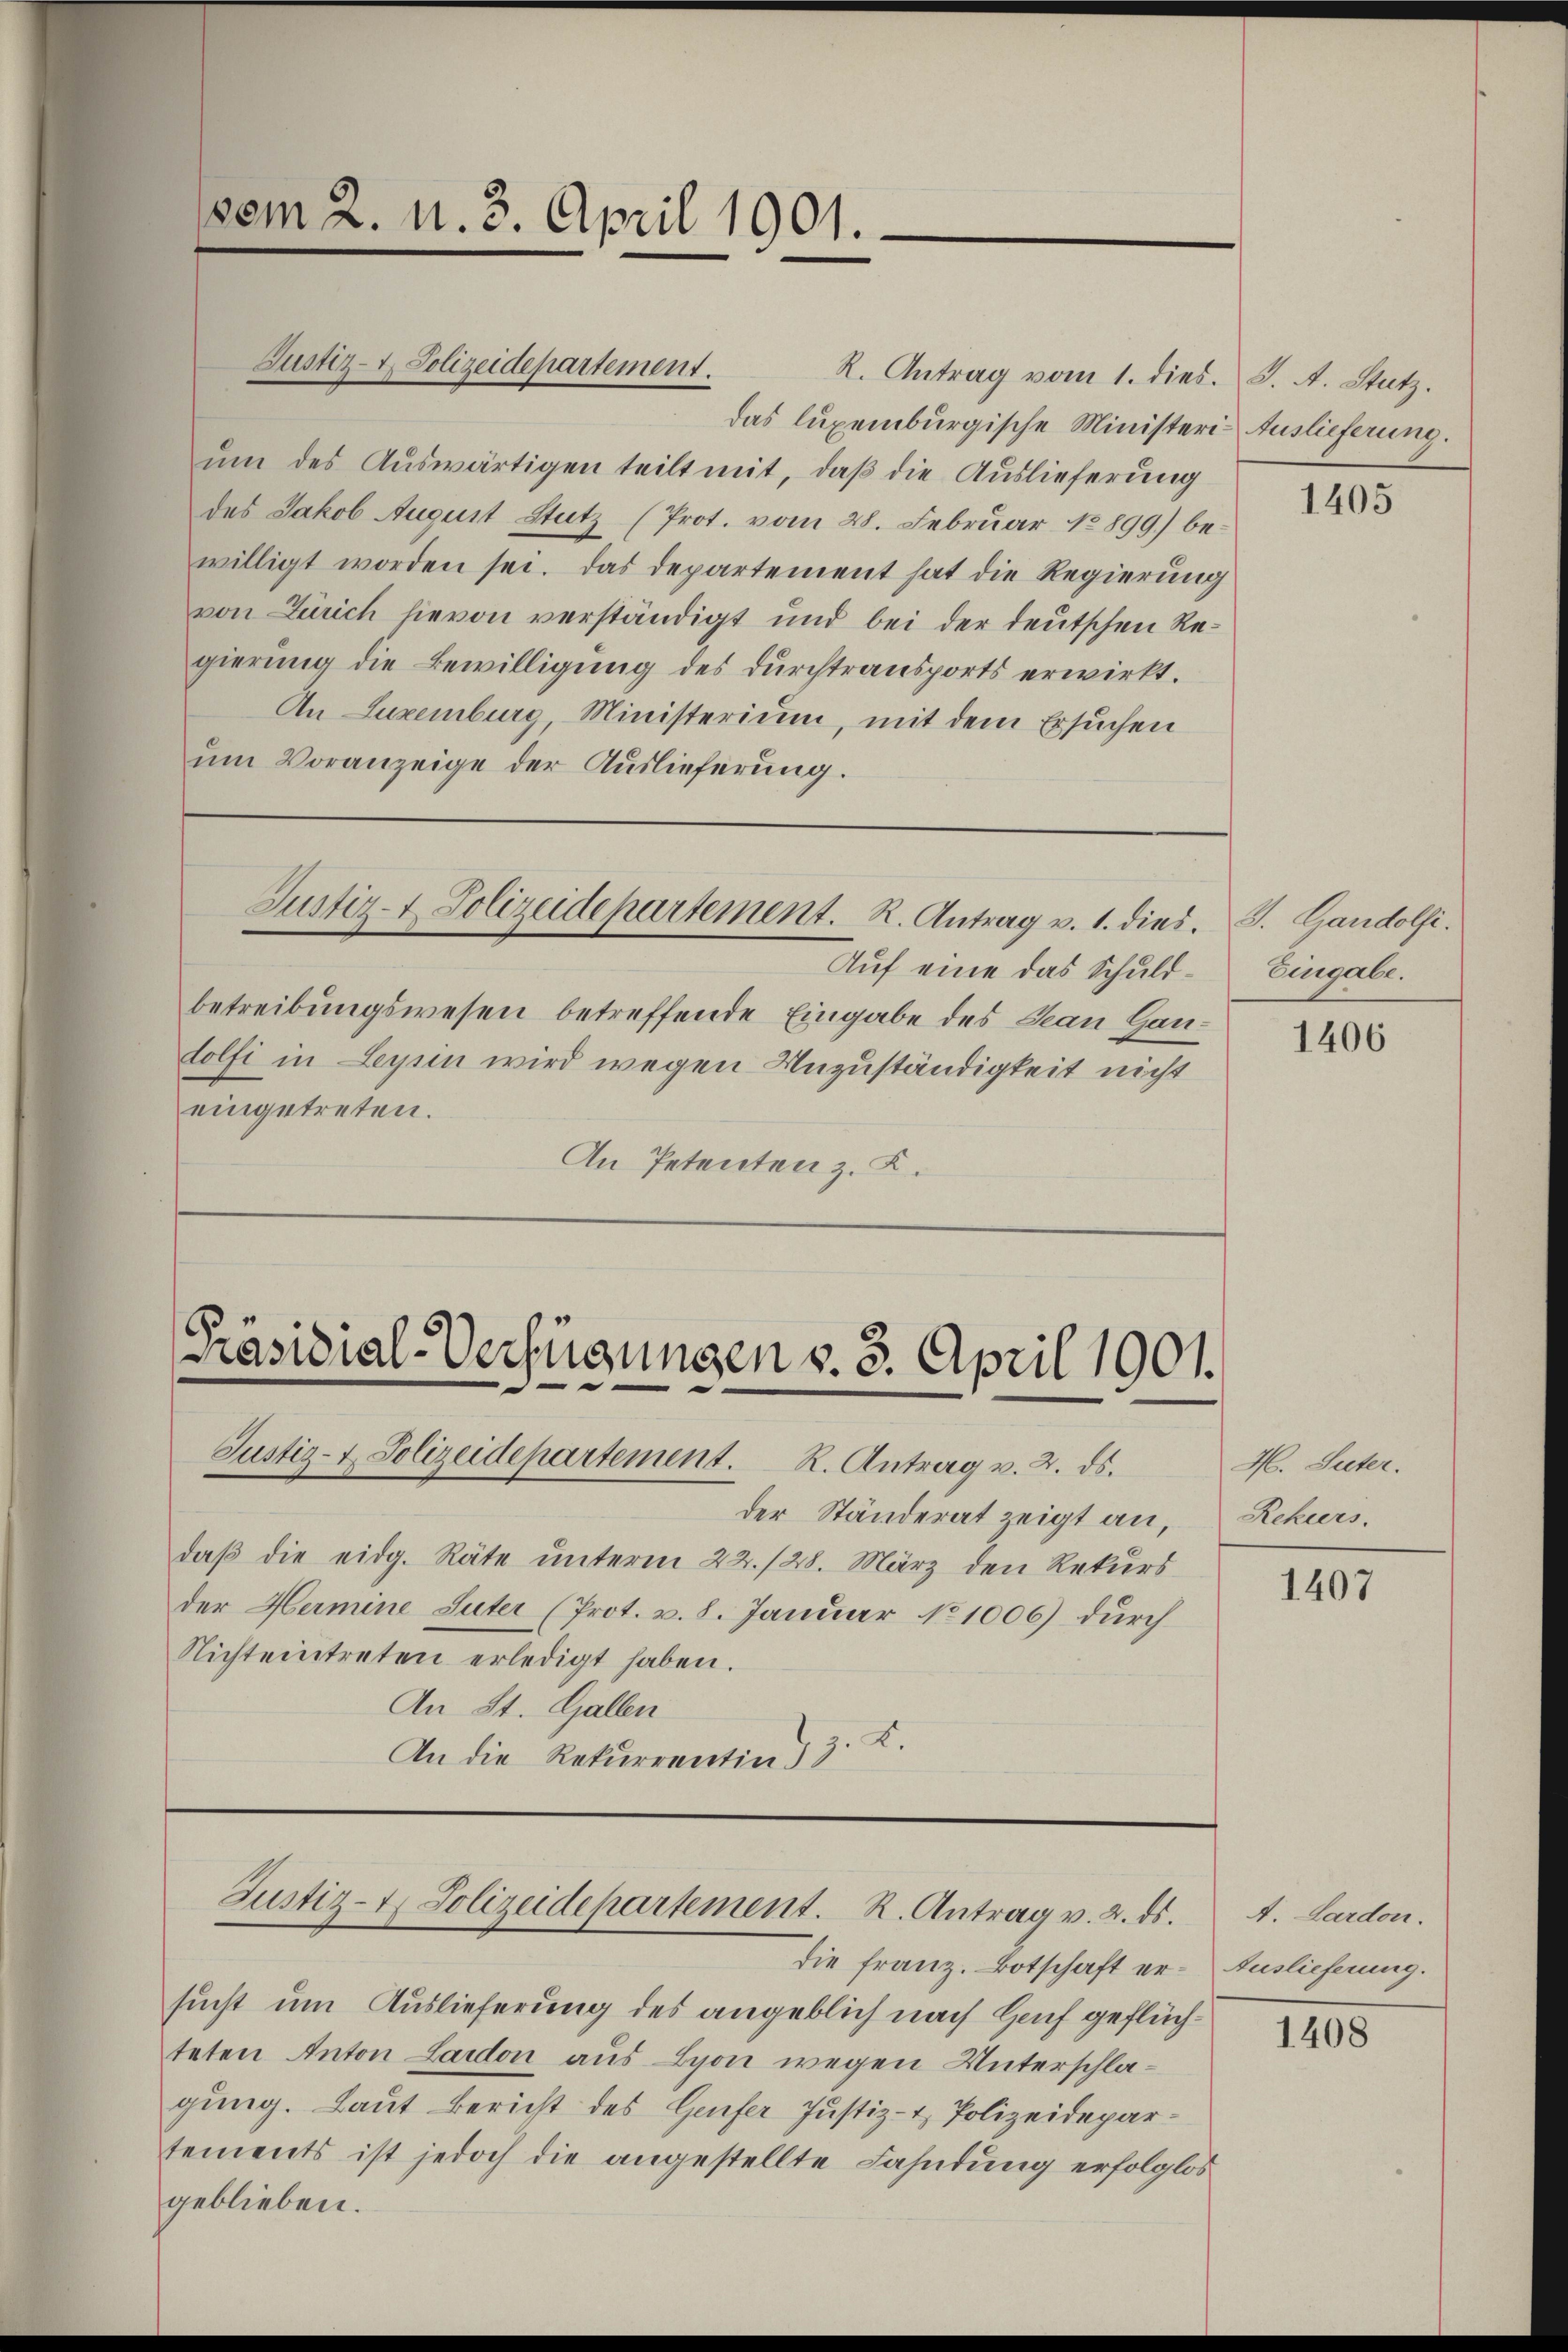
vom 2. N. 3. April 1901.

Justiz- & Polizeidepartement.

R. Antrag vom 1. dies. J. A. Stutz.
das luxenburgische Ministerium des Auswärtigen teilt mit, daß die Auslieferung
des Jakob August Stutz (Prot. vom 28. Februar 18899) bewilligt worden sei. Das Departement hat die Regierung
von Zürich hievon verständigt und bei der deutschen Regierung die Bewilligung des durchtransports erwirkt.
An Luxenburg, Ministerium, mit dem Ersuchen
um Voranzeige der Auslieferung.

Auf eine das Schuldbetreibungswesen betreffende Eingabe des Jean Hanlolfi in Leysin wird wegen Unzuständigkeit nicht
eingetreten.
An Petenten z. K.

Justiz- & Polizeidepartement. R. Antrag v. 1. dies

Präsidial-Verfügungen v. 3. April 1901.
Justiz- & Polizeidepartement. R. Antrag v. 2. ds.

der Ständerat zeigt an,
daß die eidg. Räte unterm 22./28. März den Rekurs
der Hermine Suter (Prot. v. 8. Januar 181006) durch
Nichteintreten erledigt haben.
An St. Gallen
I.
An die Rekurrentin 3

sucht um Auslieferung des angeblich nach Hof geflüchteten Anton Laudon aus Lyon wegen Unterschlagung. Laut Bericht des Gefer Justiz- & Polizeidepartements ist jedoch die angestellte Fahndung erfolglos
geblieben.

Justiz- & Polizeidepartement. R. Antrag v. 2. ds.

die franz. Botschaft er¬

Auslieferung.

1405

J. Gandolfi.
Eingabe.

1406

H. Suter.
Rekurs.

1407

A. Lardon.
Auslieferung.

1408